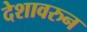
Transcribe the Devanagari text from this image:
देशावरुन